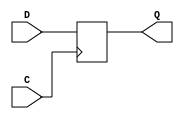
module DFF_X1(C, D, Q);
input C;
input [7:0] D;
output reg [7:0] Q;

always @(posedge C)
	Q <= D;

endmodule